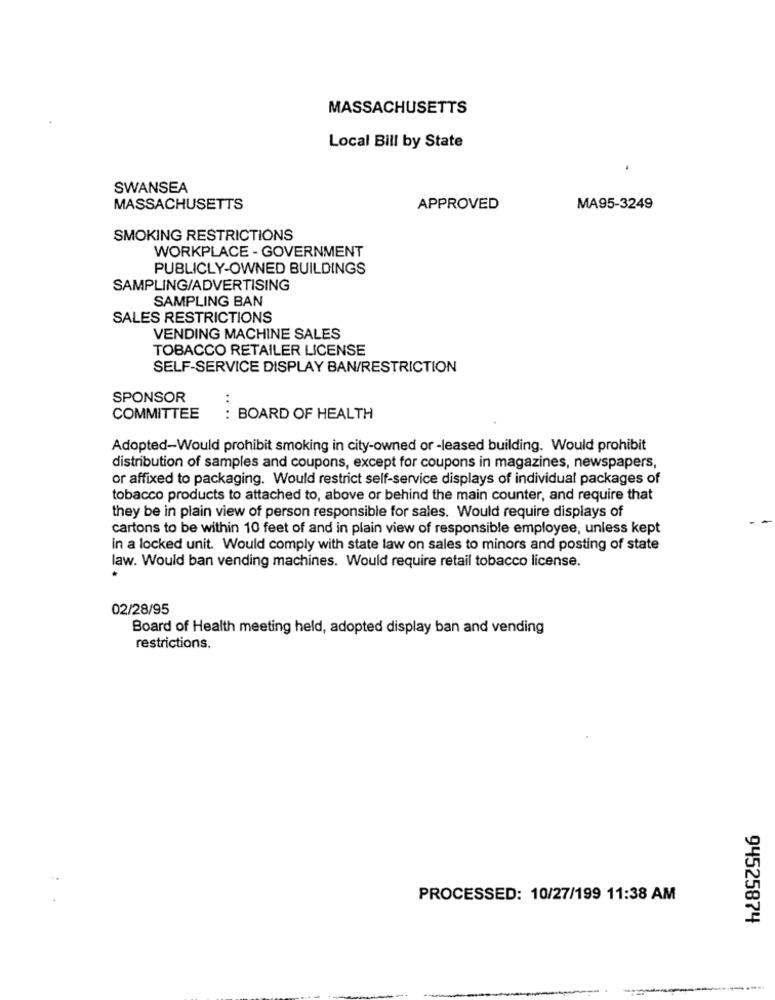
MASSACHUSETTS
Local Bill by State
.
SWANSEA
MASSACHUSETTS
APPROVED
MA95-3249
SMOKING RESTRICTIONS
WORKPLACE - GOVERNMENT
PUBLICLY-OWNED BUILDINGS
SAMPLING/ADVERTISING
SAMPLING BAN
SALES RESTRICTIONS
VENDING MACHINE SALES
TOBACCO RETAILER LICENSE
SELF-SERVICE DISPLAY BAN/RESTRICTION
SPONSOR
COMMITTEE
: BOARD OF HEALTH
Adopted-Would prohibit smoking in city-owned or -leased building. Would prohibit
distribution of samples and coupons, except for coupons in magazines, newspapers,
or affixed to packaging. Would restrict self-service displays of individual packages of
tobacco products to attached to, above or behind the main counter, and require that
they be in plain view of person responsible for sales. Would require displays of
cartons to be within 10 feet of and in plain view of responsible employee, unless kept
in a locked unit. Would comply with state law on sales to minors and posting of state
law. Would ban vending machines. Would require retail tobacco license.
02/28/95
Board of Health meeting held, adopted display ban and vending
restrictions.
PROCESSED: 10/27/199 11:38 AM
94525874